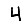
Digit: 4